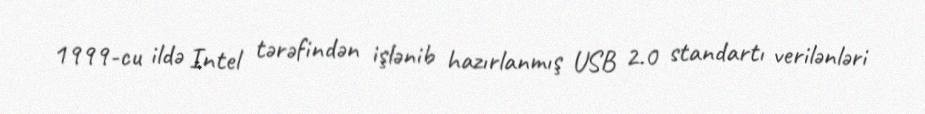
1999-cu ildə Intel tərəfindən işlənib hazırlanmış USB 2.0 standartı verilənləri